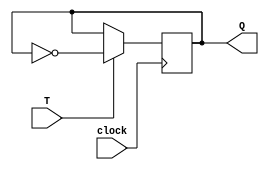
module t_flip_flop(
    input T,
    input clock,
    output reg Q
);

always @(posedge clock) begin
    if(T)
        Q <= ~Q;
end

endmodule